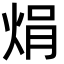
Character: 焆